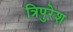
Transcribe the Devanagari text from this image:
त्रिपुरेश